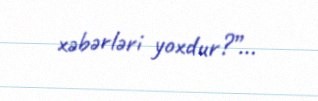
xəbərləri yoxdur?”...